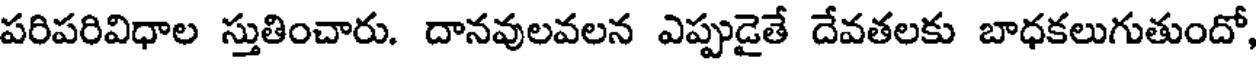
పరిపరివిధాల స్తుతించారు. దానవులవలన ఎప్పుడైతే దేవతలకు బాధకలుగుతుందో,